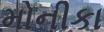
મોનીકા